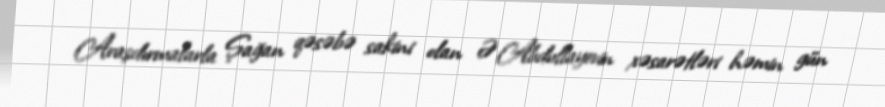
Araşdırmalarla Şağan qəsəbə sakini olan Ə.Abdullayevin xəsarətləri həmin gün